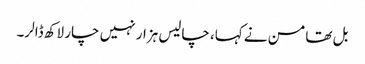
بل تھامسن نے کہا، چالیس ہزار نہیں چار لاکھ ڈالر۔